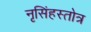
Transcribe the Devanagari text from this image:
नृसिंहस्तोत्र